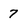
Character: 7